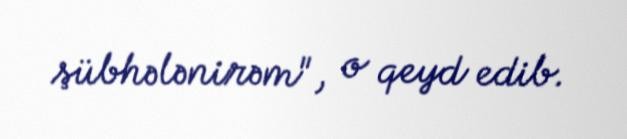
şübhələnirəm", o qeyd edib.